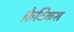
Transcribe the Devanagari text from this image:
क्रेटिकस